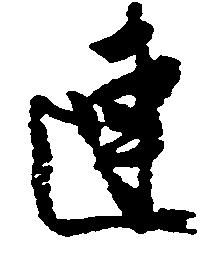
連